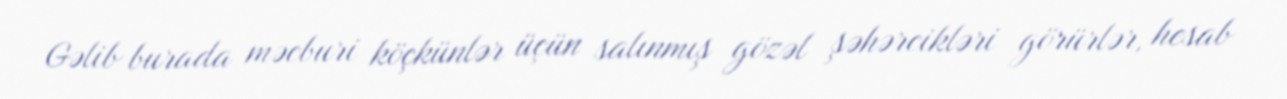
Gəlib burada məcburi köçkünlər üçün salınmış gözəl şəhərcikləri görürlər, hesab